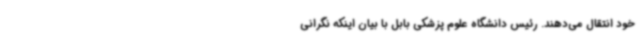
خود انتقال می‌دهند. رئیس دانشگاه علوم پزشکی بابل با بیان اینکه نگرانی